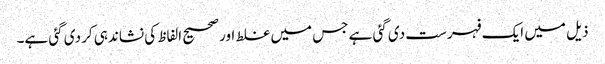
ذیل میں ایک فہرست دی گئی ہے جس میں غلط اور صحیح الفاظ کی نشاندہی کر دی گئی ہے۔